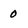
Character: 0